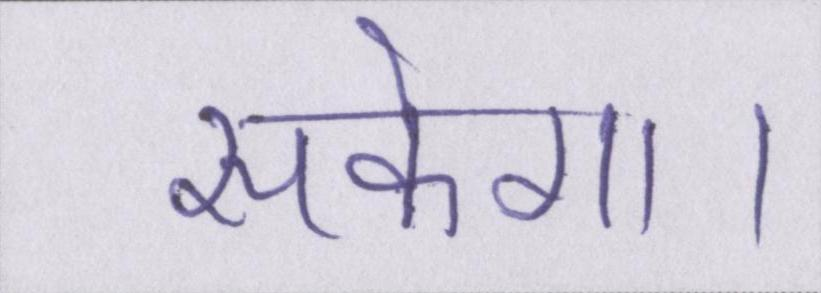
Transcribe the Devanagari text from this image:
सकेगा।